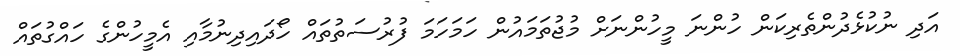
އަދި ނުކުޅެދުންތެރިކަން ހުންނަ މީހުންނަށް މުޖުތަމައުން ހަމަހަމަ ފުރުސަތުތައް ހޯދައިދިނުމާއި އެމީހުންގެ ހައްގުތައް